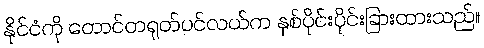
နိုင်ငံကို တောင်တရုတ်ပင်လယ်က နှစ်ပိုင်းပိုင်းခြားထားသည်။